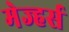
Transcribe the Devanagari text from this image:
मेज्हर्स